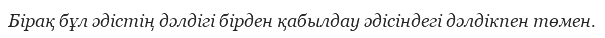
Бірақ бұл әдістің дәлдігі бірден қабылдау әдісіндегі дәлдікпен төмен.